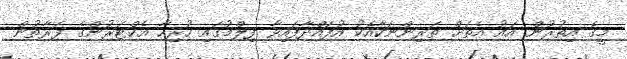
މީގެ އިތުރުން އައު އެތަށް ތަރިންނަކާއެކު އުފައްދާފައިވާ ފިލްމުގައި ހުރިހާ އެކްޓަރުންގެ ފަރާތުން